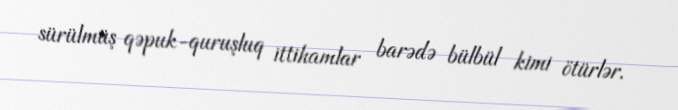
sürülmüş qəpuk-quruşluq ittihamlar barədə bülbül kimi ötürlər.